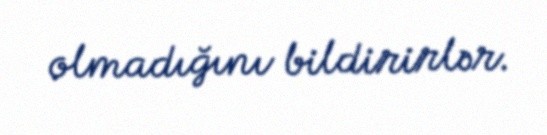
olmadığını bildirirlər.